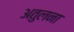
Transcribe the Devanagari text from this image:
अतुलना